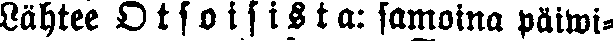
Lähtee O t s o i s i s t a: samoina päiwi-